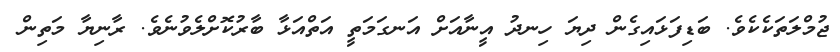
ޖުމްލަތަކެކެވެ. ބަޑިފަޅައިގެން ދިޔަ ހިނދު އީނާއަށް އަނގަމަތީ އަތްއަޅާ ބާރުކޮށްލެވުނެވެ. ރާނިޔާ މަތިން